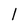
Character: l